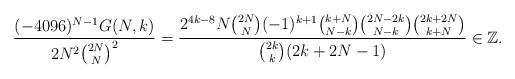
LaTeX: \begin{align*}\frac{(-4096)^{N-1} G(N,k)}{2N^2\binom{2N}{N}^2}=\frac{2^{4 k-8} N \binom{2 N}{N} (-1)^{k+1} \binom{k+N}{N-k} \binom{2 N-2 k}{N-k} \binom{2 k+2 N}{k+N}}{\binom{2 k}{k} (2 k+2 N-1)}\in \mathbb{Z}.\end{align*}